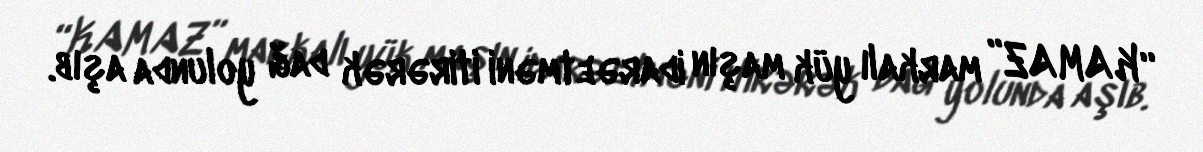
“KAMAZ” markalı yük maşın idarəetməni itirərək dağ yolunda aşıb.